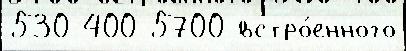
530 400 5700 встро́енного